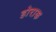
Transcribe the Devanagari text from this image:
होराक